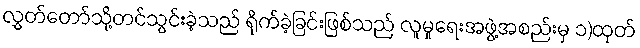
လွှတ်တော်သို့တင်သွင်းခဲ့သည် ရိုက်ခဲ့ခြင်းဖြစ်သည် လူမှုရေးအဖွဲ့အစည်းမှ ၁)ထုတ်